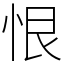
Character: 恨